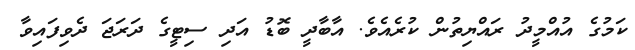
ކަމުގެ އުއްމީދު ރައްޔިތުން ކުރެއެވެ. އާބާދީ ބޮޑު އަދި ސިޓީގެ ދަރަޖަ ދެވިފައިވާ